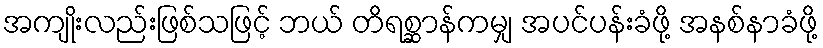
အကျိုးလည်းဖြစ်သဖြင့် ဘယ် တိရစ္ဆာန်ကမျှ အပင်ပန်းခံဖို့ အနစ်နာခံဖို့